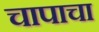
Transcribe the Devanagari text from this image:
चापाचा